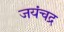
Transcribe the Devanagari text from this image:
जयंचद्र